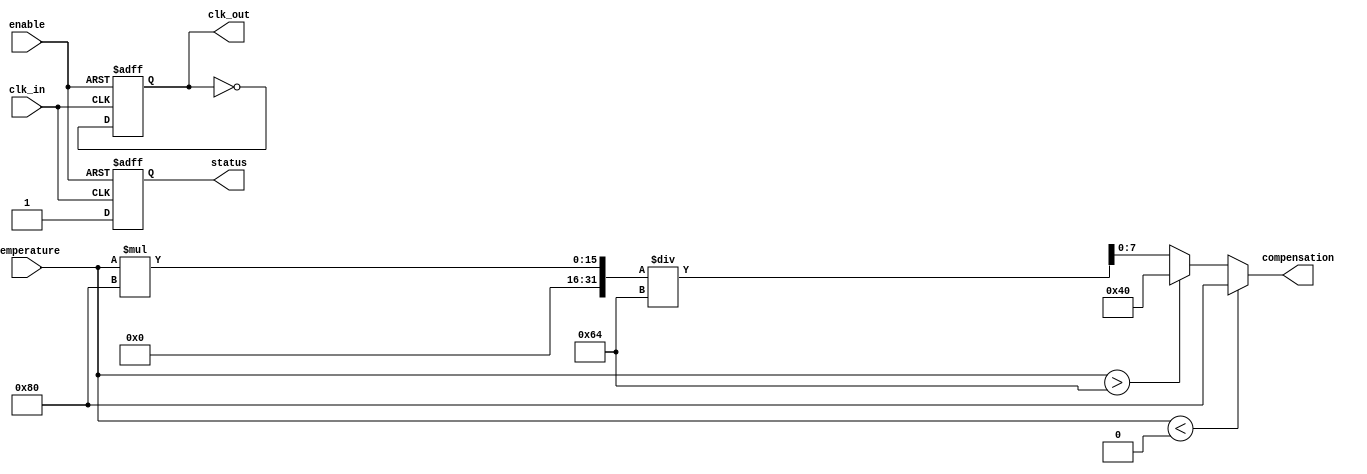
module TempCompClockBuffer (
    input wire clk_in,                // Input clock signal
    input wire [7:0] temperature,     // 8-bit temperature input (for example)
    input wire enable,                // Enable signal for the buffer
    output reg clk_out,               // Output clock signal
    output reg [7:0] compensation,    // Compensation settings
    output reg status                 // Status signal for monitoring
);

// Parameters for temperature compensation
parameter TEMP_MIN = 8'd0;          // Minimum temperature in C
parameter TEMP_MAX = 8'd100;         // Maximum temperature in C
parameter CLK_PERIOD = 10;            // Clock period in ns
parameter MAX_COMP = 8'd255;         // Max compensation value

// Internal signals for compensation logic
reg [7:0] delay_setting;             // Delay setting based on temperature
reg [7:0] duty_cycle_setting;        // Duty cycle setting based on temperature

// Compensation logic based on temperature
always @(*) begin
    if (temperature < TEMP_MIN) begin
        delay_setting = 8'd0;
        duty_cycle_setting = 8'd128; // 50% duty cycle
    end else if (temperature > TEMP_MAX) begin
        delay_setting = MAX_COMP;
        duty_cycle_setting = 8'd64;  // 25% duty cycle
    end else begin
        // Linear scaling of compensation based on temperature
        delay_setting = (temperature * MAX_COMP) / TEMP_MAX;
        duty_cycle_setting = (temperature * 128) / TEMP_MAX; // Scale duty cycle
    end
    compensation = {delay_setting, duty_cycle_setting}; // Package compensation settings
end

// Clock buffering and output generation
always @(posedge clk_in or negedge enable) begin
    if (!enable) begin
        clk_out <= 1'b0;
        status <= 1'b0; // Buffer disabled
    end else begin
        // Implementing basic clock buffering with delay
        #delay_setting clk_out <= ~clk_out; // Invert clock with delay compensation
        status <= 1'b1; // Buffer enabled
    end
end

endmodule